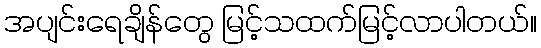
အပျင်းရေချိန်တွေ မြင့်သထက်မြင့်လာပါတယ်။